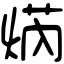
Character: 焫